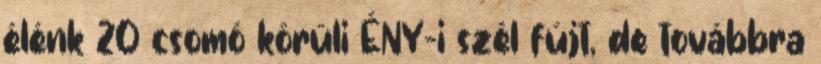
élénk 20 csomó körüli ÉNY-i szél fújt, de továbbra